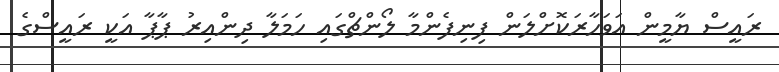
ރައީސް ޔާމީން އަވަހާރަކޮށްލަން ފިނިފެންމާ ލޯންޗްގައި ހަމަލާ ދިންއިރު ޕާޕާ އަކީ ރައީސްގެ